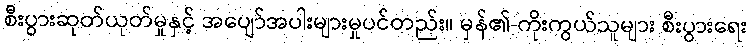
စီးပွားဆုတ်ယုတ်မှုနှင့် အပျော်အပါးများမှုပင်တည်း။ မှန်၏-ကိုးကွယ်သူများ စီးပွားရေး